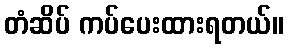
တံဆိပ် ကပ်ပေးထားရတယ်။